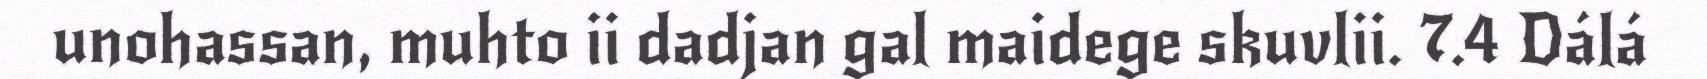
unohassan, muhto ii dadjan gal maidege skuvlii. 7.4 Dálá